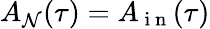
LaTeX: A_{\mathcal{N}}(\tau)=A_{\mathrm{{~i~n~}}}(\tau)